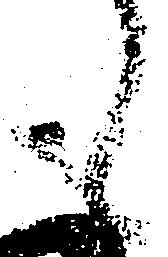
も